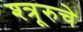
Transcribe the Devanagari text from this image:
श्त्रूरुचे